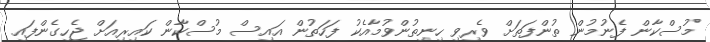
މުސްކާން ފެނުމުން ތުންފަތަށް ވެރިވި ހިނިތުންވުމާއެކު ފަހަތުން އައިސް މުސްކާން ކައިރިއަށް ޖެހިގެންފައި